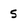
Character: 5